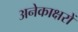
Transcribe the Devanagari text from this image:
अनेकाक्षरों